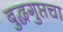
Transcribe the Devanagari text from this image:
बुद्धगुप्तचा